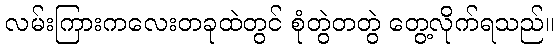
လမ်းကြားကလေးတခုထဲတွင် စုံတွဲတတွဲ တွေ့လိုက်ရသည်။